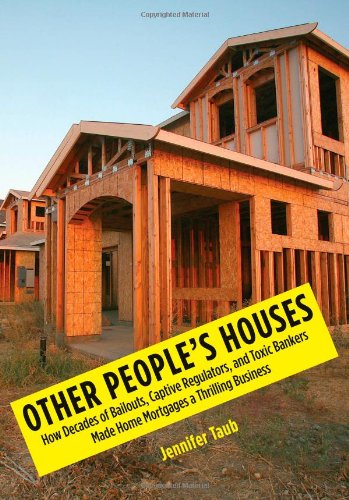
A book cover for Other People's Houses: How Decades of Bailouts, Captive Regulators, and Toxic Bankers Made Home Mortgages a Thrilling Business; Jennifer Taub; Business & Money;